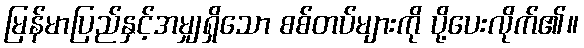
မြန်မာပြည်နှင့်အမျှရှိသော စစ်တပ်များကို ပို့ပေးလိုက်၏။